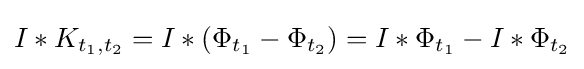
I*K_{t_{1},t_{2}}=I*(\Phi _{t_{1}}-\Phi _{t_{2}})=I*\Phi _{t_{1}}-I*\Phi _{t_{2}}